Madras plague regulations and rules - Volume 1
Disease focus: Plague
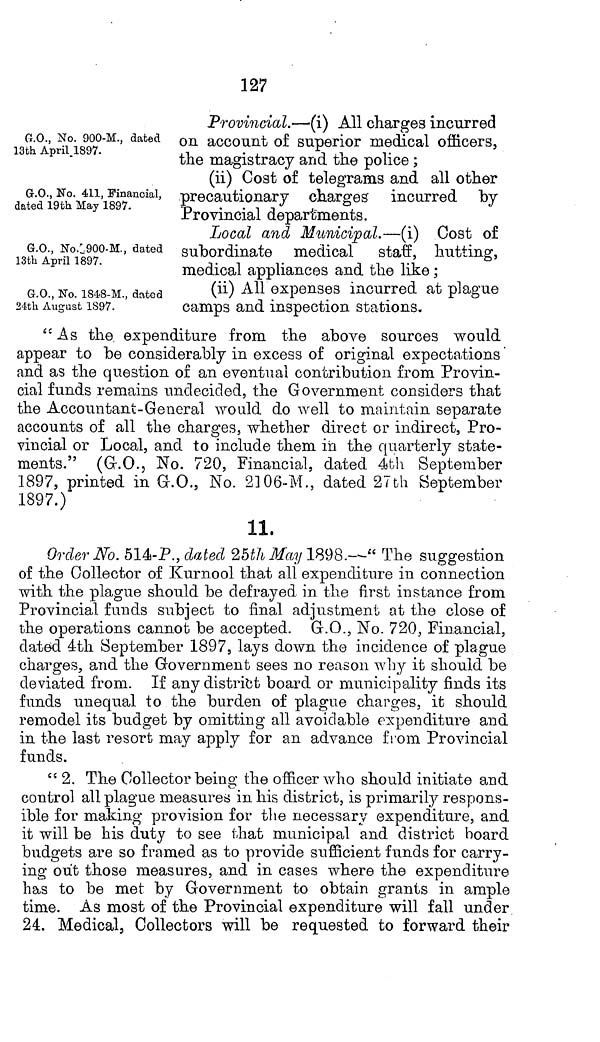
127
G.O., No. 900-M., dated
13th April 1897.
Provincial.—(i) All charges incurred
on account of superior medical officers,
the magistracy and the police;
G.O., No. 411, Financial,
dated 19th May 1897.
(ii) Cost of telegrams and all other
precautionary charges incurred by
Provincial departments.
G.O., No. 900-M., dated
13th April 1897.
Local and Municipal.—(i) Cost of
subordinate medical staff, hutting,
medical appliances and the like;
G.O., No. 1848-M., dated
24th August 1897.
(ii) All expenses incurred at plague
camps and inspection stations.
"As the expenditure from the above sources would
appear to be considerably in excess of original expectations
and as the question of an eventual contribution from Provin-
cial funds remains undecided, the Government considers that
the Accountant-General would do well to maintain separate
accounts of all the charges, whether direct or indirect, Pro-
vincial or Local, and to include them in the quarterly state-
ments." (G.O., No. 720, Financial, dated 4th September
1897, printed in G.O., No. 2106-M., dated 27th September
1897.)
11,
Order No. 514-P., dated 25th May 1898.--" The suggestion
of the Collector of Kurnool that all expenditure in connection
with the plague should be defrayed in the first instance from
Provincial funds subject bo final adjustment at the close of
the operations cannot be accepted. G.O., No. 720, Financial,
dated 4th September 1897, lays down the incidence of plague
charges, and the Government sees no reason why it should be
deviated from. If any district board or municipality finds its
funds unequal to the burden of plague charges, it should
remodel its budget by omitting all avoidable expenditure and
in the last resort may apply for an advance from Provincial
funds.
"2. The Collector being the officer who should initiate and
control all plague measured in his district, is primarily respons-
ible for making provision for the necessary expenditure, and
it will be his duty to see that municipal and district hoard
budgets are so framed as to provide sufficient funds for carry-
ing out those measures, and in cases where the expenditure
has to be met by Government to obtain grants in ample
time. As most of the Provincial expenditure will fall under
24. Medical, Collectors will be requested to forward their